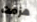
هزمت